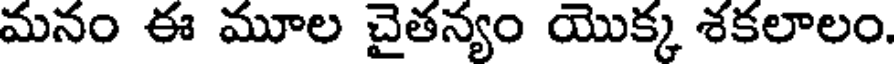
మనం ఈ మూల చైతన్యం యొక్క శకలాలం.